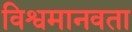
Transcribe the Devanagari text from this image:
विश्वमानवता